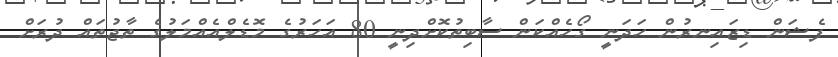
ފެޝަން ޑިޒައިނރުން ހަދަނީ ގޯހެއްކަން ސާބިތުކޮށްދިނީ 80 އަހަރުގެ މޮޑެލްއެއްމަލުގެ ތާޖުތައް ދުރަށް